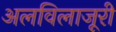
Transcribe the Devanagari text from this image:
अलविलाजूरी